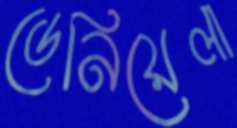
ডেনিয়েলা